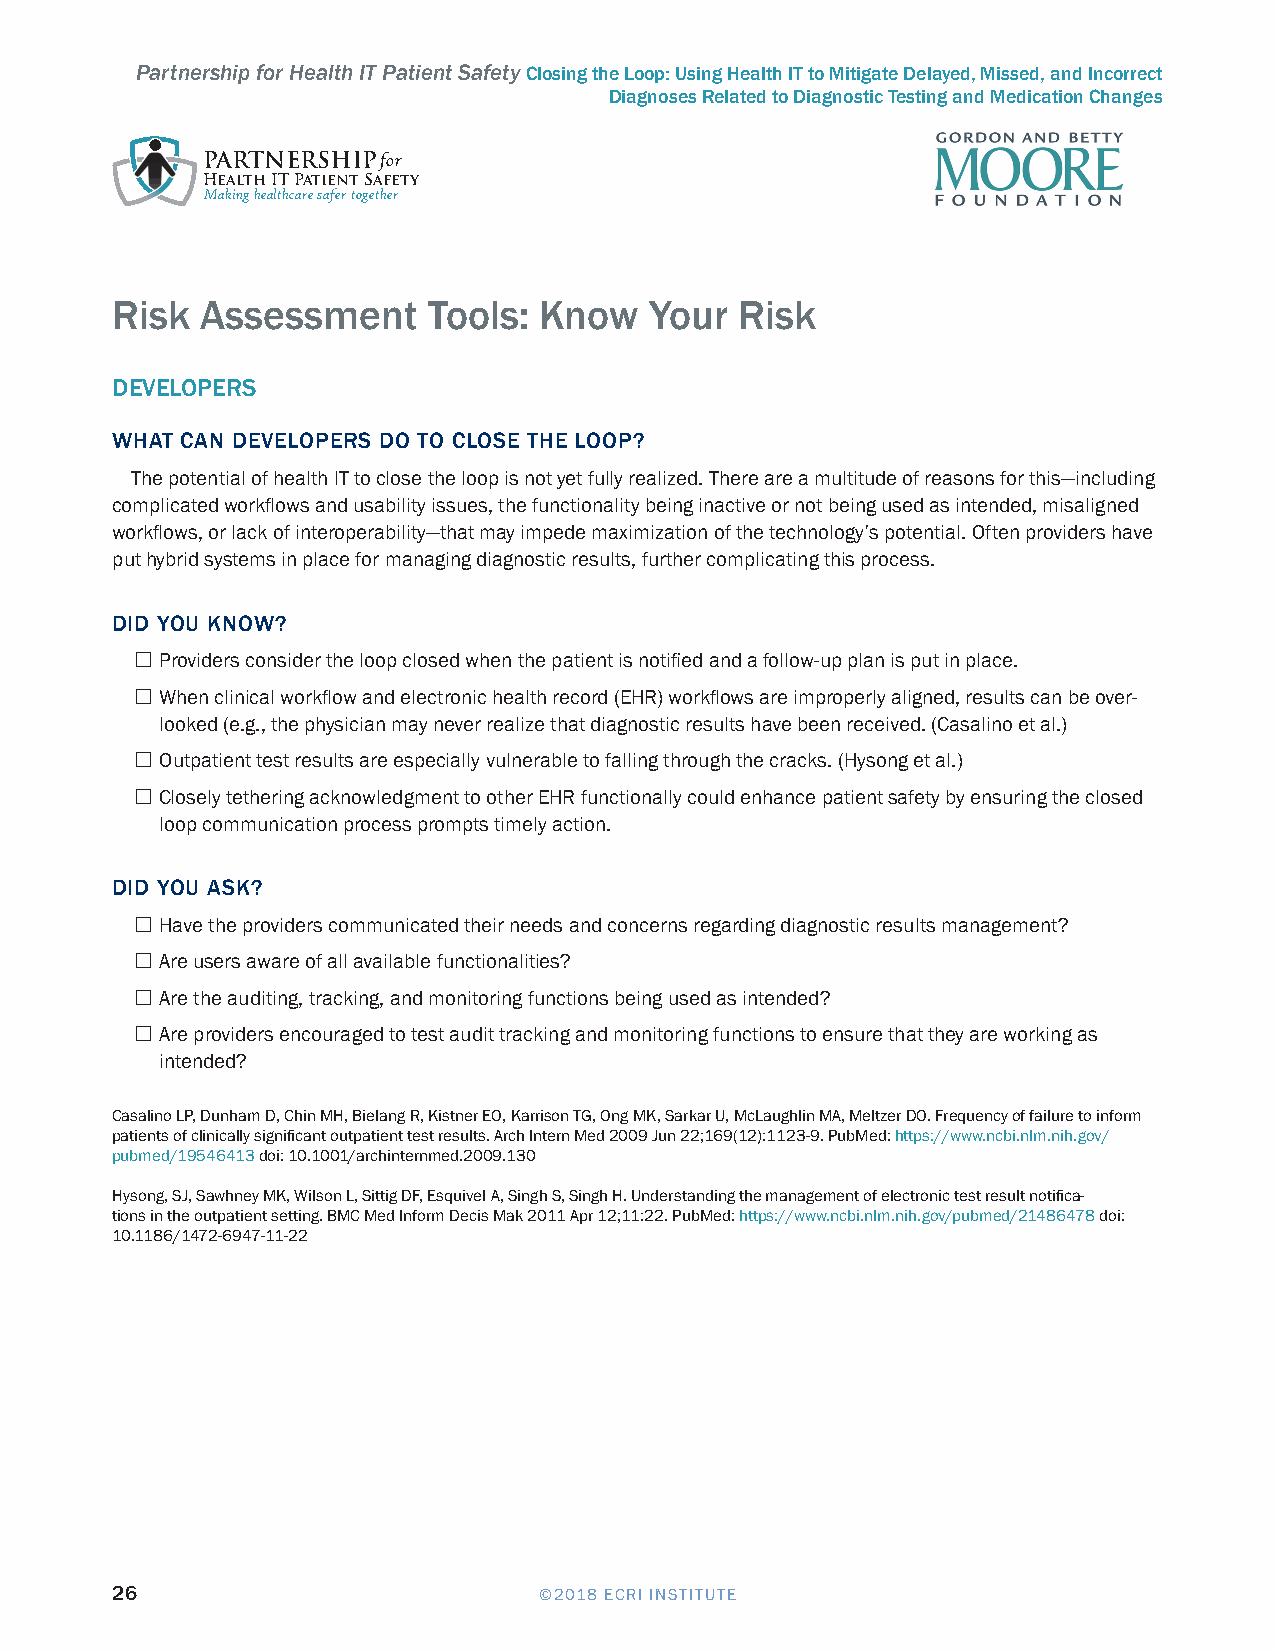
Partnership for Health IT Patient Safety Closing the Loop: Using Health IT to Mitigate Delayed, Missed, and Incorrect
 Diagnoses Related to Diagnostic Testing and Medication Changes
 PARTNERSHIPfor
 Health IT Patient Safety
 Making healthcare safer together
 Risk  Assessment     Tools:  Know   Your  Risk
 DEVELOPERS
 WHAT CAN DEVELOPERS DO TO CLOSE THE LOOP?
 The potential of health IT to close the loop is not yet fully realized. There are a multitude of reasons for this—including
 complicated workflows and usability issues, the functionality being inactive or not being used as intended, misaligned
 workflows, or lack of interoperability—that may impede maximization of the technology’s potential. Often providers have
 put hybrid systems in place for managing diagnostic results, further complicating this process.
 DID YOU KNOW?
 Providers consider the loop closed when the patient is notified and a follow-up plan is put in place.
 When clinical workflow and electronic health record (EHR) workflows are improperly aligned, results can be over-
 looked (e.g., the physician may never realize that diagnostic results have been received. (Casalino et al.)
 Outpatient test results are especially vulnerable to falling through the cracks. (Hysong et al.)
 Closely tethering acknowledgment to other EHR functionally could enhance patient safety by ensuring the closed
 loop communication process prompts timely action.
 DID YOU ASK?
 Have the providers communicated their needs and concerns regarding diagnostic results management?
 Are users aware of all available functionalities?
 Are the auditing, tracking, and monitoring functions being used as intended?
 Are providers encouraged to test audit tracking and monitoring functions to ensure that they are working as
 intended?
 Casalino LP, Dunham D, Chin MH, Bielang R, Kistner EO, Karrison TG, Ong MK, Sarkar U, McLaughlin MA, Meltzer DO. Frequency of failure to inform
 patients of clinically significant outpatient test results. Arch Intern Med 2009 Jun 22;169(12):1123-9. PubMed: https://www.ncbi.nlm.nih.gov/
 pubmed/19546413 doi: 10.1001/archinternmed.2009.130
 Hysong, SJ, Sawhney MK, Wilson L, Sittig DF, Esquivel A, Singh S, Singh H. Understanding the management of electronic test result notifica-
 tions in the outpatient setting. BMC Med Inform Decis Mak 2011 Apr 12;11:22. PubMed: https://www.ncbi.nlm.nih.gov/pubmed/21486478 doi:
 10.1186/1472-6947-11-22
 26                           ©2018 ECRI INSTITUTE